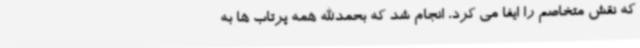
که نقش متخاصم را ایفا می کرد، انجام شد که بحمدالله همه پرتاب ها به